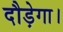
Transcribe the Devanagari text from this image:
दौड़ेगा।